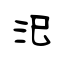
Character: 汜